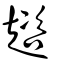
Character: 趦